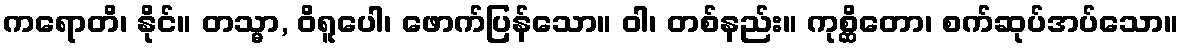
ကရောတိ၊ နိုင်။ တသ္မာ, ဝိရူပေါ၊ ဖောက်ပြန်သော။ ဝါ၊ တစ်နည်း။ ကုစ္ဆိတော၊ စက်ဆုပ်အပ်သော။